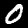
Digit: 0